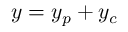
y = y _ { p } + y _ { c }